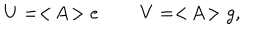
LaTeX: U = < \! A \! > e \: \: \: \: \: \: \: \: \: \: V = < \! A \! > g ,